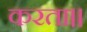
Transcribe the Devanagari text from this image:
करता।।